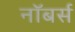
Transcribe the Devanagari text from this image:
नॉबर्स